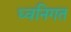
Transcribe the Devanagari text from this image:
ध्वनिगत